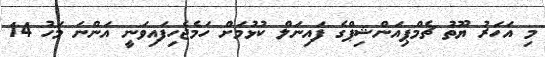
މި އަހަރު ޔޫތު ޗެމްޕިއަންޝިޕްގެ ފައިނަލް ކުޅުމަށް ހަމެޖެހިފައިވަނީ އަންނަ މަހު 14